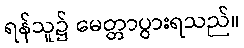
ရန်သူ၌ မေတ္တာပွားရသည်။